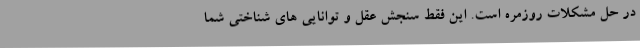
در حل مشکلات روزمره است. این فقط سنجش عقل و توانایی های شناختی شما